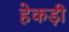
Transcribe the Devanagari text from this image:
हेकड़ी